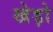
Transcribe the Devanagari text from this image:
खेड़ो